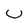
Character: U